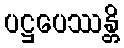
ပဋ္ဌပေဿန္တိ